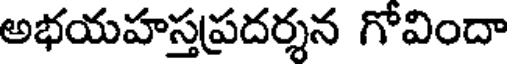
అభయహస్తప్రదర్శన గోవిందా